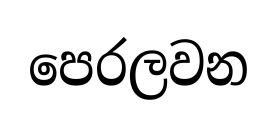
පෙරලවන